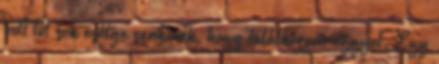
volt túl sok esélye senkinek, hogy találkozzon eggyel. Egy